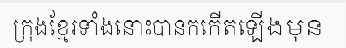
ក្រុងខ្មែរទាំងនោះបានកកើតឡើងមុន